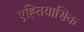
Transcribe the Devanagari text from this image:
एह्तियासिक